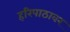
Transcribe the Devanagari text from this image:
हरिपाठावर